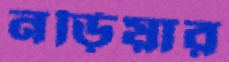
নড়িয়ার